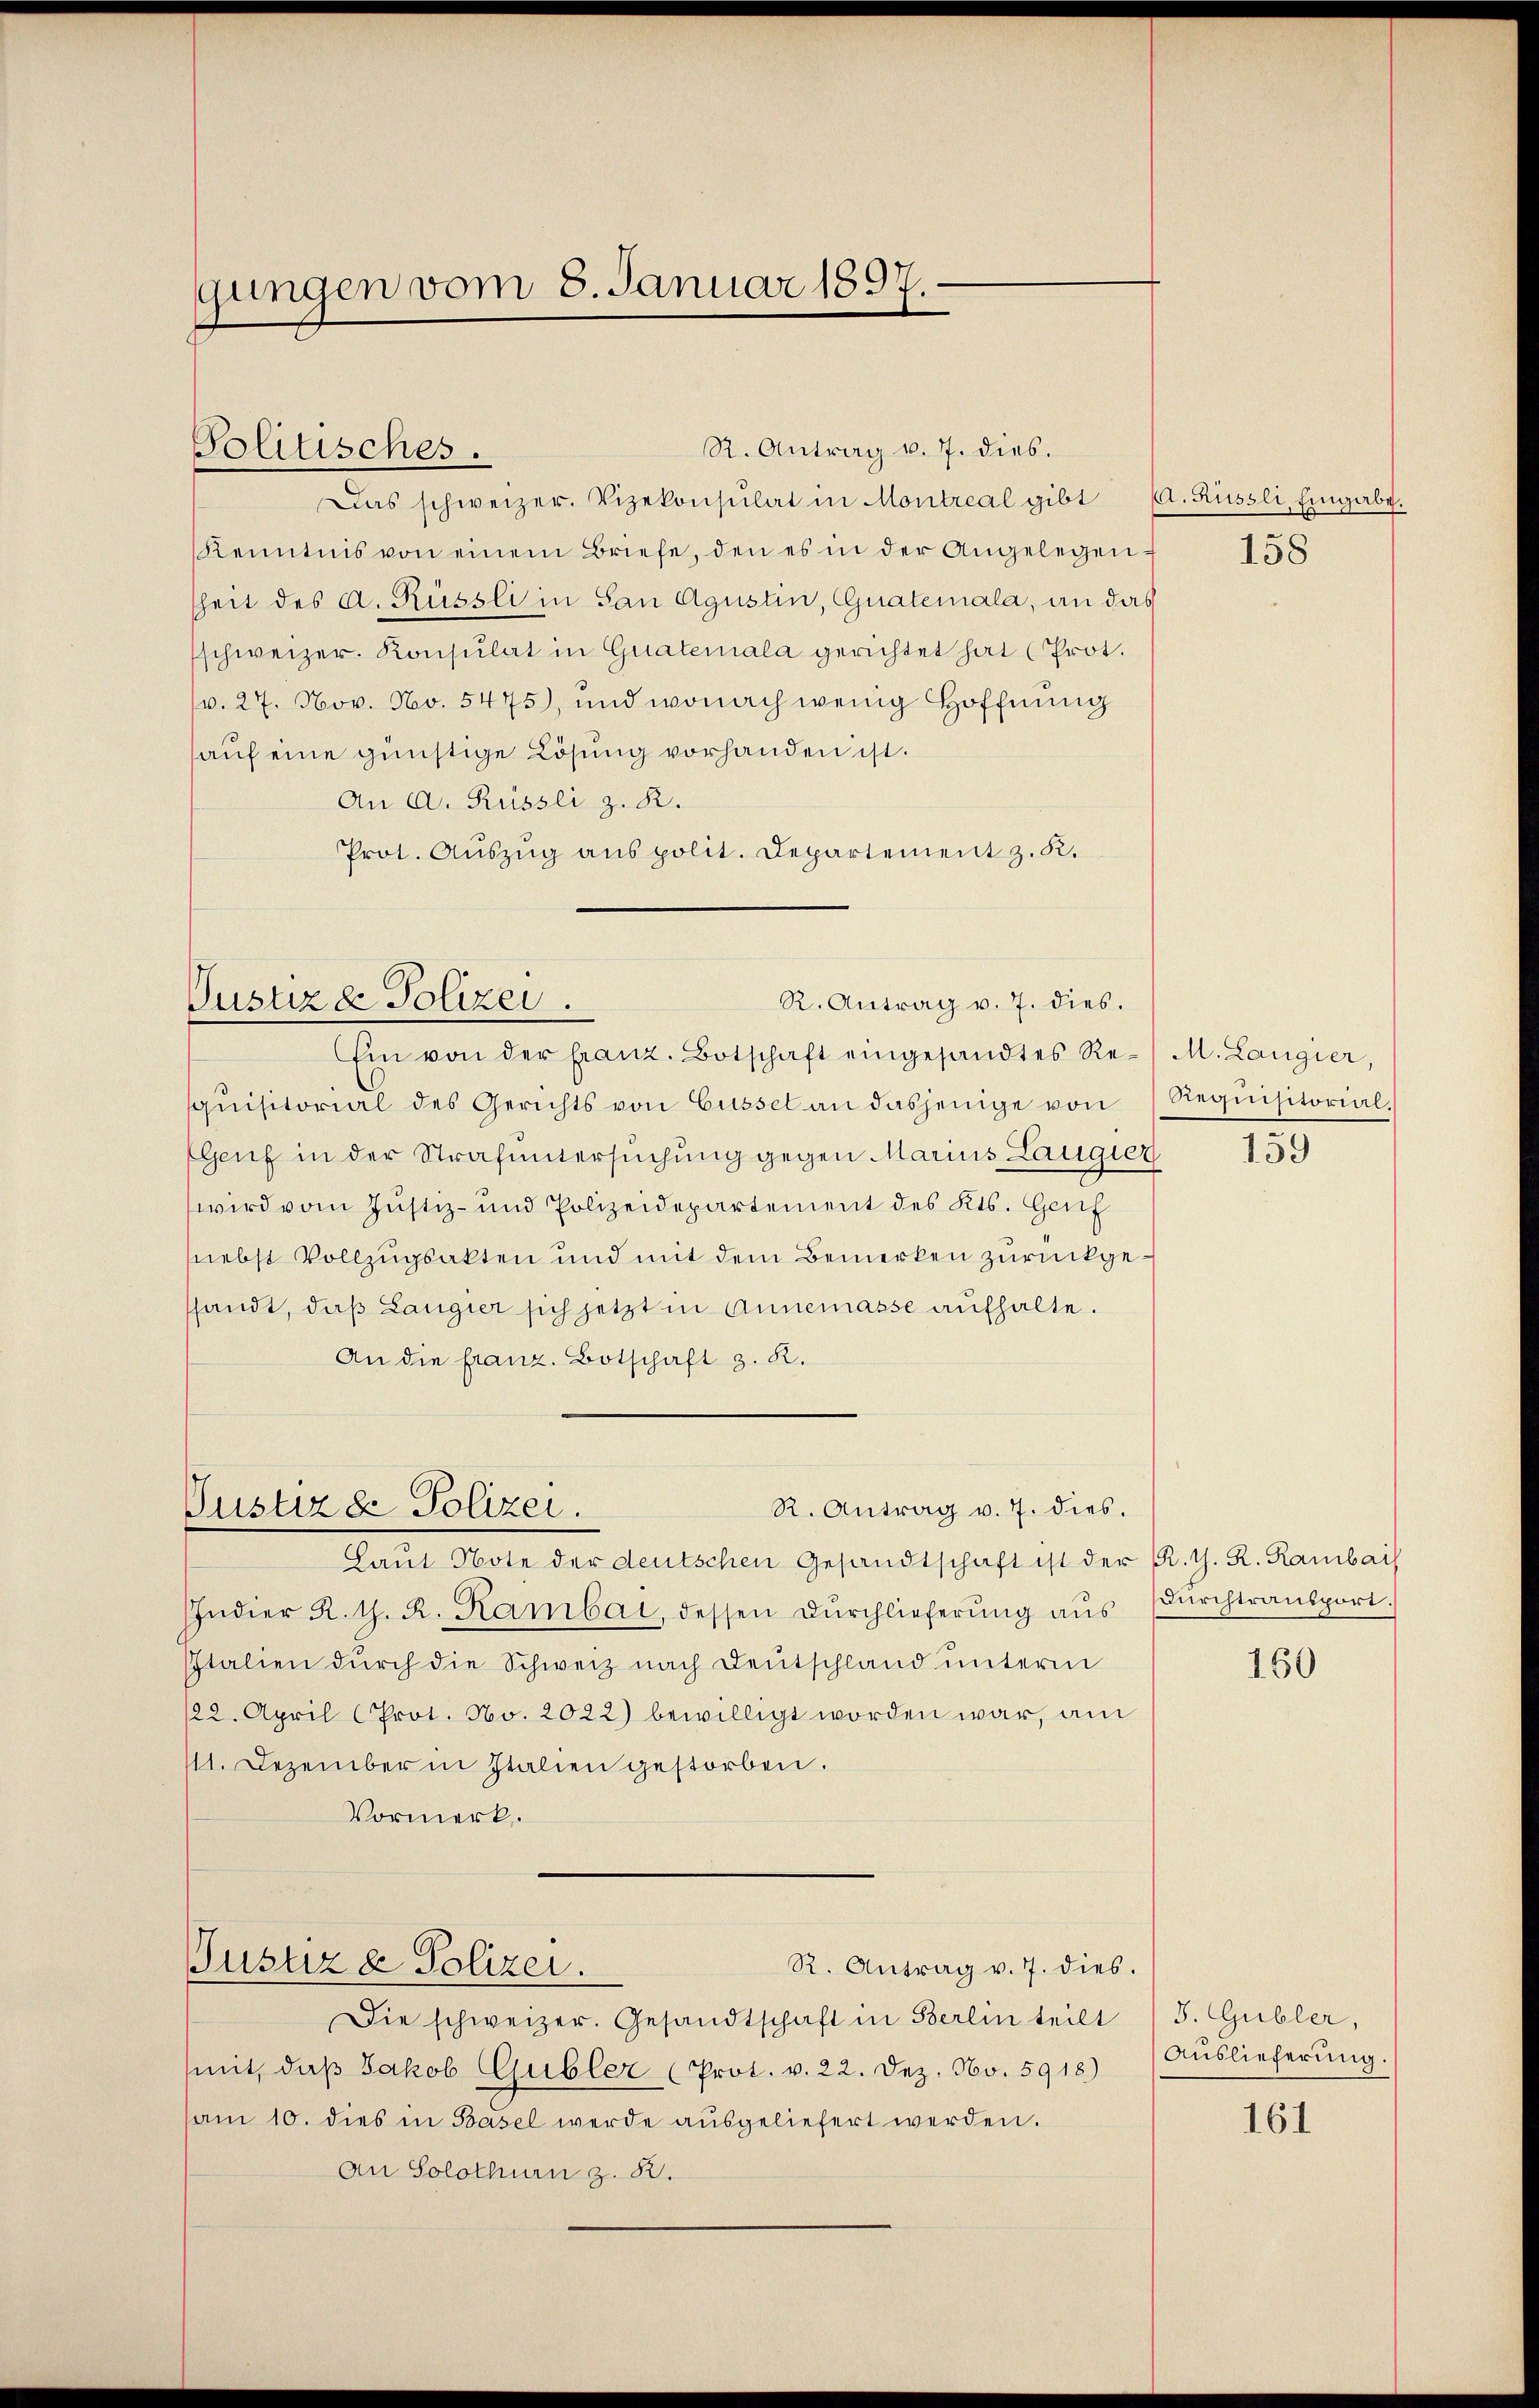
gungen vom 8. Januar 1897.

Politisches.

Das schweizer. Vizekonsulat in Montreal gibt (d. Rüssli, Eingabe.
Kenntnis von einem Briefe, den es in der Angelegensheit des A. Rüssli in San Agustin, Guatemala, an das
schweizer. Konsulat in Guateriala gerichtet hat (Prot.
v. 27. Nov. Nov. 5475), und wonach wenig Hoffnung
auf eine günstige Lösung vorhanden ist.
An A. Rüssli z. R.
Prot. Aŭszŭg ans polit. Departement z. R.

R. Antrag v. 7. dies.

R. Antrag v. 7. dies.
Justiz & Polizei.

Genf in der Strafuntersuchung gegen Marius Laugier 159
wird vom Justiz- und Polizeidepartement des Kts. Genf
(nebst Vollzugsakten und mit dem Bemerken zurückgeshandt, daß Langier sich jetzt in Annemasse aufhalte.
An die franz. Botschaft z. R.

R. Antrag v. 7. dies.
Justizde Polizei

Laŭt Note der deutschen Gesandtschaft ist der R. G. R. Rambai
Indier R. G. R. Kambai, dessen Dŭrchlieferŭng aŭs dŭrchtransport.
Italien durch die Schweiz nach Deutschland unterm
122. April (Prot. No. 2022) bewilligt worden war, am
111. Dezember in Italien gestorben.
Vormerk.

Justiz & Polizei.
R. Antrag v. 7. dies.

Ein von der franz. Botschaft eingesandtes Re-/ M. Langier,
qŭisitorial des Gerichts von Cüssel an dasjenige von Requisitorial¬

Die schweizer. Gesandtschaft in Berlin teilt (S. Gubler,
mit, daβ Jakob Gubler (Prot. v. 22. Dez. No. 5918) Auslieferŭng.
sam 10. dies in Basel werde aŭsgeliefert werden.
An Solothurn z. B.

158

150

161